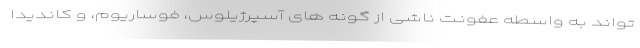
تواند به واسطه عفونت ناشی از گونه های آسپرژیلوس، فوساریوم، و کاندیدا